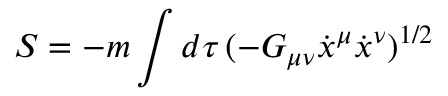
S = - m \int d \tau \, ( - G _ { \mu \nu } \dot { x } ^ { \mu } \dot { x } ^ { \nu } ) ^ { 1 / 2 }